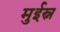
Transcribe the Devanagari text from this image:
मुईस्न